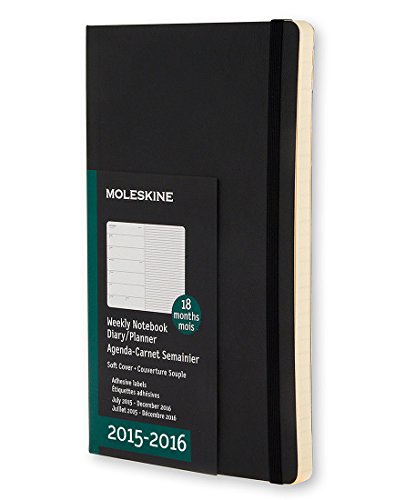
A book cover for Moleskine 2015-2016 Weekly Notebook, 18M, Pocket, Black, Soft Cover (3.5 x 5.5); Moleskine; Calendars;